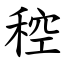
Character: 䅝